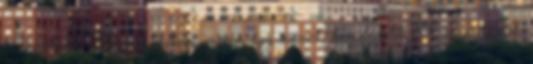
téveszteni. Ki vicsorítva, azaz így nevet, kerülendő. A ragadozók